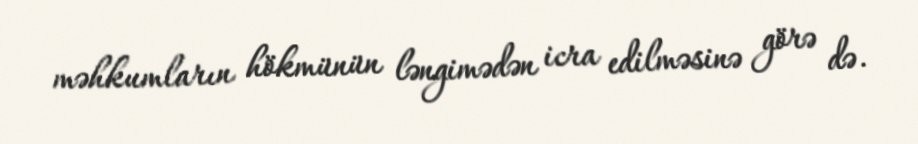
məhkumların hökmünün ləngimədən icra edilməsinə görə də.